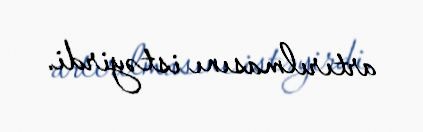
artırılmasını istəyirdi.